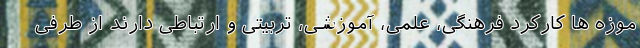
موزه ها کارکرد فرهنگی، علمی، آموزشی، تربیتی و ارتباطی دارند از طرفی